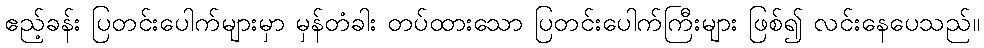
ဧည့်ခန်း ပြတင်းပေါက်များမှာ မှန်တံခါး တပ်ထားသော ပြတင်းပေါက်ကြီးများ ဖြစ်၍ လင်းနေပေသည်။